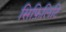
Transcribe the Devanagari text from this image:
सिफ़िलिटि